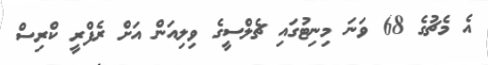
އެ މެޗުގެ 68 ވަނަ މިނިޓުގައި ޗެލްސީގެ ވިލިއަން އަށް ރެފްރީ ކްރިސް